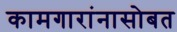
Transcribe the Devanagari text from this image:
कामगारांनासोबत